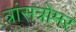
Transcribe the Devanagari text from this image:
त्रांसत्रोमर